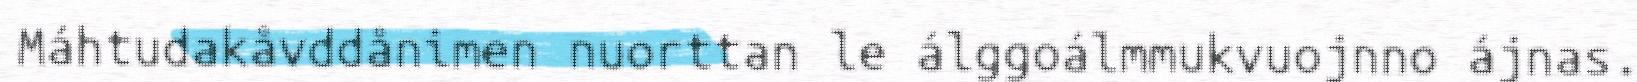
Máhtudakåvddånimen nuorttan le álggoálmmukvuojnno ájnas.